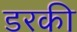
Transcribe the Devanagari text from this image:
डरकी